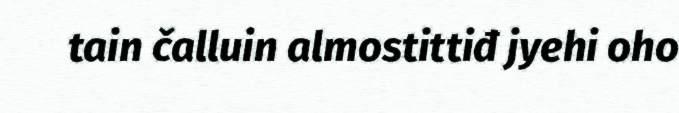
tain čalluin almostittiđ jyehi oho